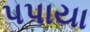
પપાયા